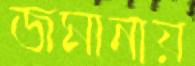
জমানায়